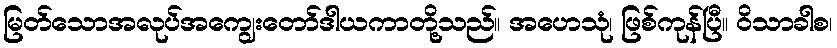
မြတ်သောအလုပ်အကျွေးတော်ဒါယကာတို့သည်။ အဟေသုံ၊ ဖြစ်ကုန်ပြီ။ ဝိသာခါစ၊